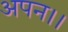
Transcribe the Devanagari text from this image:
अपन।।